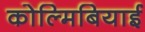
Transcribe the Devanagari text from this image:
कोल्मिबियाई